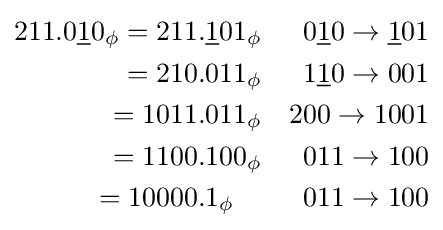
{\begin{aligned}211.0{\underline {1}}0_{\phi }=211&.{\underline {1}}01_{\phi }&0{\underline {1}}0\rightarrow {\underline {1}}01\\=210&.011_{\phi }&1{\underline {1}}0\rightarrow 001\\=1011&.011_{\phi }&200\rightarrow 1001\\=1100&.100_{\phi }&011\rightarrow 100\\=10000&.1_{\phi }&011\rightarrow 100\\\end{aligned}}